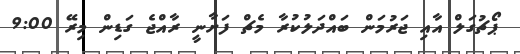
ޕޯޗުގަލް އާއި ޖަރުމަން ބައްދަލުކުރާ މެޗް ފަށާނީ ރާއްޖެ ގަޑިން މިރޭ 9:00